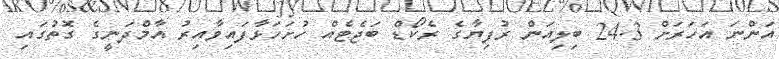
އަންނަ އަހަރަށް 24.3 ބިލިއަން ރުފިޔާގެ ރެކޯޑް ބަޖެޓެއް ހުށަހަޅާފައިވާއިރު އާމްދަނީގެ ގޮތުގައި